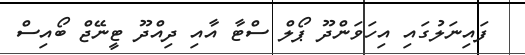
ފައިނަލުގައި އިހަވަންދޫ ޕޯލް ސްޓާ އާއި ދިއްދޫ ޓީނޭޖް ބޯއިސް